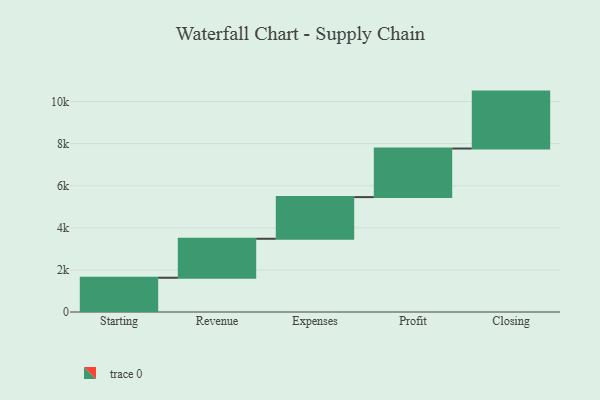
{"axis": {"x": "Step", "y": "Value"}, "legend": [""], "data": [{"x": "Starting", "y": 1628.0, "type": ""}, {"x": "Revenue", "y": 1852.0, "type": ""}, {"x": "Expenses", "y": 1979.0, "type": ""}, {"x": "Profit", "y": 2309.0, "type": ""}, {"x": "Closing", "y": 2705.0, "type": ""}]}